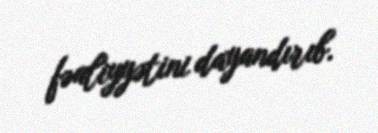
fəaliyyətini dayandırıb.